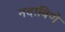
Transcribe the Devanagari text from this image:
नदाविणे